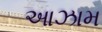
આઝામ